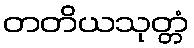
တတိယသုတ္တံ